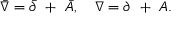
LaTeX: \bar { \nabla } = \bar { \partial } ~ + ~ \bar { A } , ~ ~ ~ \nabla = \partial ~ + ~ A .